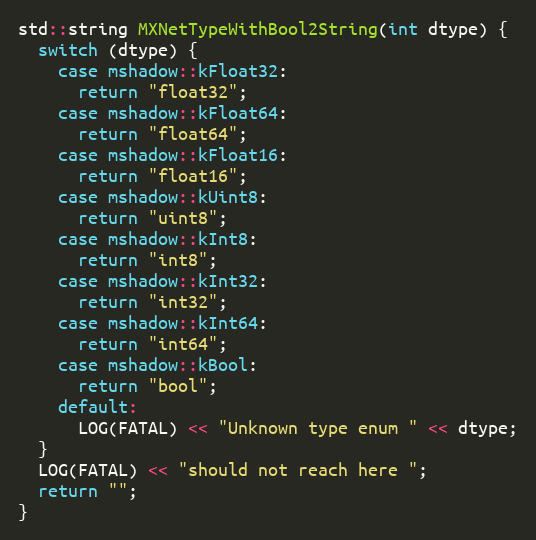
Language: C++
std::string MXNetTypeWithBool2String(int dtype) {
  switch (dtype) {
    case mshadow::kFloat32:
      return "float32";
    case mshadow::kFloat64:
      return "float64";
    case mshadow::kFloat16:
      return "float16";
    case mshadow::kUint8:
      return "uint8";
    case mshadow::kInt8:
      return "int8";
    case mshadow::kInt32:
      return "int32";
    case mshadow::kInt64:
      return "int64";
    case mshadow::kBool:
      return "bool";
    default:
      LOG(FATAL) << "Unknown type enum " << dtype;
  }
  LOG(FATAL) << "should not reach here ";
  return "";
}